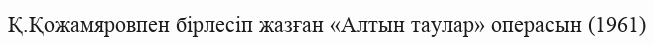
Қ.Қожамяровпен бірлесіп жазған «Алтын таулар» операсын (1961)